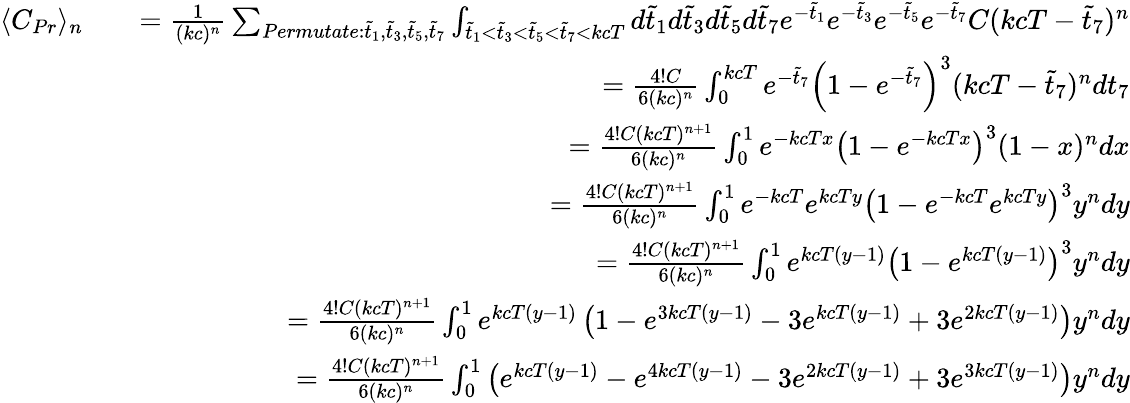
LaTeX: \begin{array}{rlr}{\langle C_{Pr}\rangle_{n}}&{}&{=\frac{1}{(kc)^{n}}\sum_{Permutate:\tilde{t}_{1},\tilde{t}_{3},\tilde{t}_{5},\tilde{t}_{7}}\int_{\tilde{t}_{1}<\tilde{t}_{3}<\tilde{t}_{5}<\tilde{t}_{7}<kcT}d\tilde{t}_{1}d\tilde{t}_{3}d\tilde{t}_{5}d\tilde{t}_{7}e^{-\tilde{t}_{1}}e^{-\tilde{t}_{3}}e^{-\tilde{t}_{5}}e^{-\tilde{t}_{7}}C(kcT-\tilde{t}_{7})^{n}}\\ &{}&{=\frac{4!C}{6(kc)^{n}}\int_{0}^{kcT}e^{-\tilde{t}_{7}}\left(1-e^{-\tilde{t}_{7}}\right)^{3}(kcT-\tilde{t}_{7})^{n}dt_{7}}\\ &{}&{=\frac{4!C(kcT)^{n+1}}{6(kc)^{n}}\int_{0}^{1}e^{-kcTx}\left(1-e^{-kcTx}\right)^{3}(1-x)^{n}dx}\\ &{}&{=\frac{4!C(kcT)^{n+1}}{6(kc)^{n}}\int_{0}^{1}e^{-kcT}e^{kcTy}\left(1-e^{-kcT}e^{kcTy}\right)^{3}y^{n}dy}\\ &{}&{=\frac{4!C(kcT)^{n+1}}{6(kc)^{n}}\int_{0}^{1}e^{kcT(y-1)}\left(1-e^{kcT(y-1)}\right)^{3}y^{n}dy}\\ &{}&{=\frac{4!C(kcT)^{n+1}}{6(kc)^{n}}\int_{0}^{1}e^{kcT(y-1)}\left(1-e^{3kcT(y-1)}-3e^{kcT(y-1)}+3e^{2kcT(y-1)}\right)y^{n}dy}\\ &{}&{=\frac{4!C(kcT)^{n+1}}{6(kc)^{n}}\int_{0}^{1}\left(e^{kcT(y-1)}-e^{4kcT(y-1)}-3e^{2kcT(y-1)}+3e^{3kcT(y-1)}\right)y^{n}dy}\end{array}